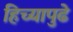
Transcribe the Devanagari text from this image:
हिच्यापुढे